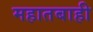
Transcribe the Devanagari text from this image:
महातबाही